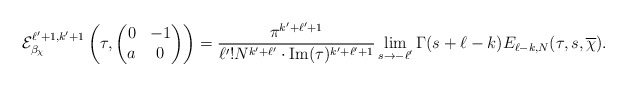
\begin{align*}\mathcal{E}_{\beta_\chi}^{\ell'+1,k'+1}\left(\tau,\begin{pmatrix} 0 & -1 \\ a & 0 \end{pmatrix}\right) = \frac{\pi^{k'+\ell'+1} }{\ell'! N^{k'+\ell'} \cdot \mathrm{Im}(\tau)^{k'+\ell'+1}} \lim_{s \to -\ell'} \Gamma(s+\ell-k) E_{\ell-k,N}(\tau,s,\overline{\chi}).\end{align*}